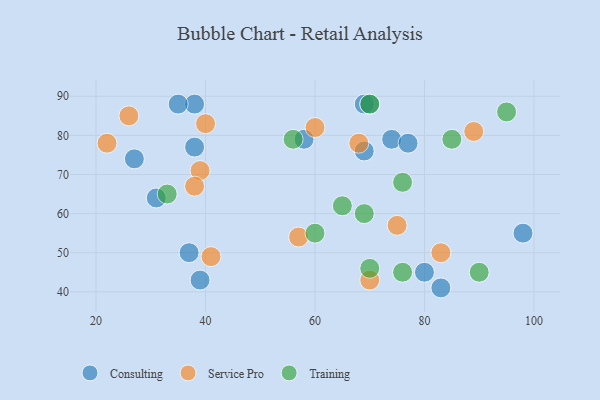
{"axis": {"x": "GDP", "y": "Life Expectancy"}, "legend": ["Consulting", "Service Pro", "Training"], "data": [{"x": "58", "y": 79, "type": "Consulting"}, {"x": "69", "y": 76, "type": "Consulting"}, {"x": "38", "y": 88, "type": "Consulting"}, {"x": "35", "y": 88, "type": "Consulting"}, {"x": "83", "y": 41, "type": "Consulting"}, {"x": "98", "y": 55, "type": "Consulting"}, {"x": "69", "y": 88, "type": "Consulting"}, {"x": "70", "y": 88, "type": "Consulting"}, {"x": "74", "y": 79, "type": "Consulting"}, {"x": "77", "y": 78, "type": "Consulting"}, {"x": "39", "y": 43, "type": "Consulting"}, {"x": "38", "y": 77, "type": "Consulting"}, {"x": "31", "y": 64, "type": "Consulting"}, {"x": "37", "y": 50, "type": "Consulting"}, {"x": "27", "y": 74, "type": "Consulting"}, {"x": "80", "y": 45, "type": "Consulting"}, {"x": "60", "y": 82, "type": "Service Pro"}, {"x": "83", "y": 50, "type": "Service Pro"}, {"x": "39", "y": 71, "type": "Service Pro"}, {"x": "38", "y": 67, "type": "Service Pro"}, {"x": "68", "y": 78, "type": "Service Pro"}, {"x": "57", "y": 54, "type": "Service Pro"}, {"x": "22", "y": 78, "type": "Service Pro"}, {"x": "75", "y": 57, "type": "Service Pro"}, {"x": "41", "y": 49, "type": "Service Pro"}, {"x": "40", "y": 83, "type": "Service Pro"}, {"x": "26", "y": 85, "type": "Service Pro"}, {"x": "89", "y": 81, "type": "Service Pro"}, {"x": "70", "y": 43, "type": "Service Pro"}, {"x": "56", "y": 79, "type": "Training"}, {"x": "60", "y": 55, "type": "Training"}, {"x": "90", "y": 45, "type": "Training"}, {"x": "33", "y": 65, "type": "Training"}, {"x": "65", "y": 62, "type": "Training"}, {"x": "95", "y": 86, "type": "Training"}, {"x": "85", "y": 79, "type": "Training"}, {"x": "69", "y": 60, "type": "Training"}, {"x": "76", "y": 45, "type": "Training"}, {"x": "70", "y": 46, "type": "Training"}, {"x": "76", "y": 68, "type": "Training"}, {"x": "70", "y": 88, "type": "Training"}]}